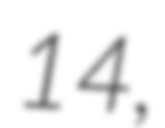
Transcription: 14,